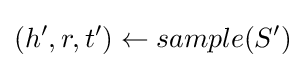
(h',r,t')\leftarrow sample(S')